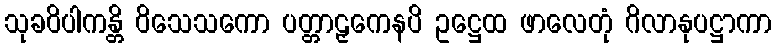
သုခဝိပါကန္တိ ဝိသေသကော ပတ္တာဠှကေနပိ ဥဋ္ဌေထ ဖာလေတုံ ဂိလာနုပဋ္ဌာကာ